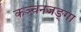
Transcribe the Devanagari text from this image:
कञ्चनजङ्गा